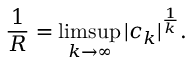
{ \frac { 1 } { R } } = \operatorname* { l i m s u p } _ { k \to \infty } | c _ { k } | ^ { \frac { 1 } { k } } .